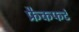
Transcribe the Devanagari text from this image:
फ्रैकफर्ट